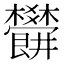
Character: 𣡜